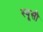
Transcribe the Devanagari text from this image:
स्वूसी